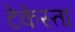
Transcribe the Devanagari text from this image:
टेकेस्ता